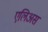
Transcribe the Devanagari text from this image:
एलिअस